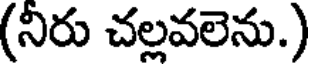
(నిరు చల్లవలెను.)